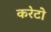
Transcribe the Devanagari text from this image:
करेटो